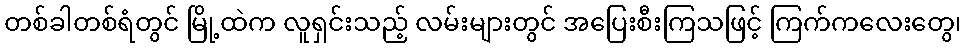
တစ်ခါတစ်ရံတွင် မြို့ထဲက လူရှင်းသည့် လမ်းများတွင် အပြေးစီးကြသဖြင့် ကြက်ကလေးတွေ၊